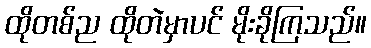
ထိုတစ်ည ထိုတဲမှာပင် မိုးခိုကြသည်။